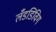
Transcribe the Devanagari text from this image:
लँडडिविग